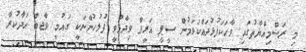
މި ރަސްމިއްޔާތުގައި ވާހަކަފުޅުދައްކަވަމުން ސީޕީ އަރީފް ވިދާޅުވީ ފުލުހުންނަކީ ގައުމީ ވާޖބް އަދާކުރާ